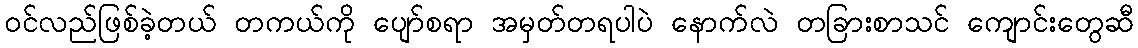
ဝင်လည်ဖြစ်ခဲ့တယ် တကယ်ကို ပျော်စရာ အမှတ်တရပါပဲ နောက်လဲ တခြားစာသင် ကျောင်းတွေဆီ